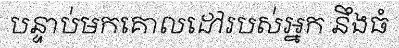
បន្ទាប់មកគោលដៅរបស់អ្នក នឹងធំ